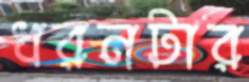
ধরনটার